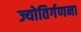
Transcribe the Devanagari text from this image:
ज्योतिर्गणना